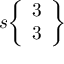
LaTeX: s { \left\{ \begin{array} { l } { 3 } \\ { 3 } \end{array} \right\} }